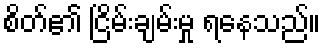
စိတ်၏ ငြိမ်းချမ်းမှု ရနေသည်။